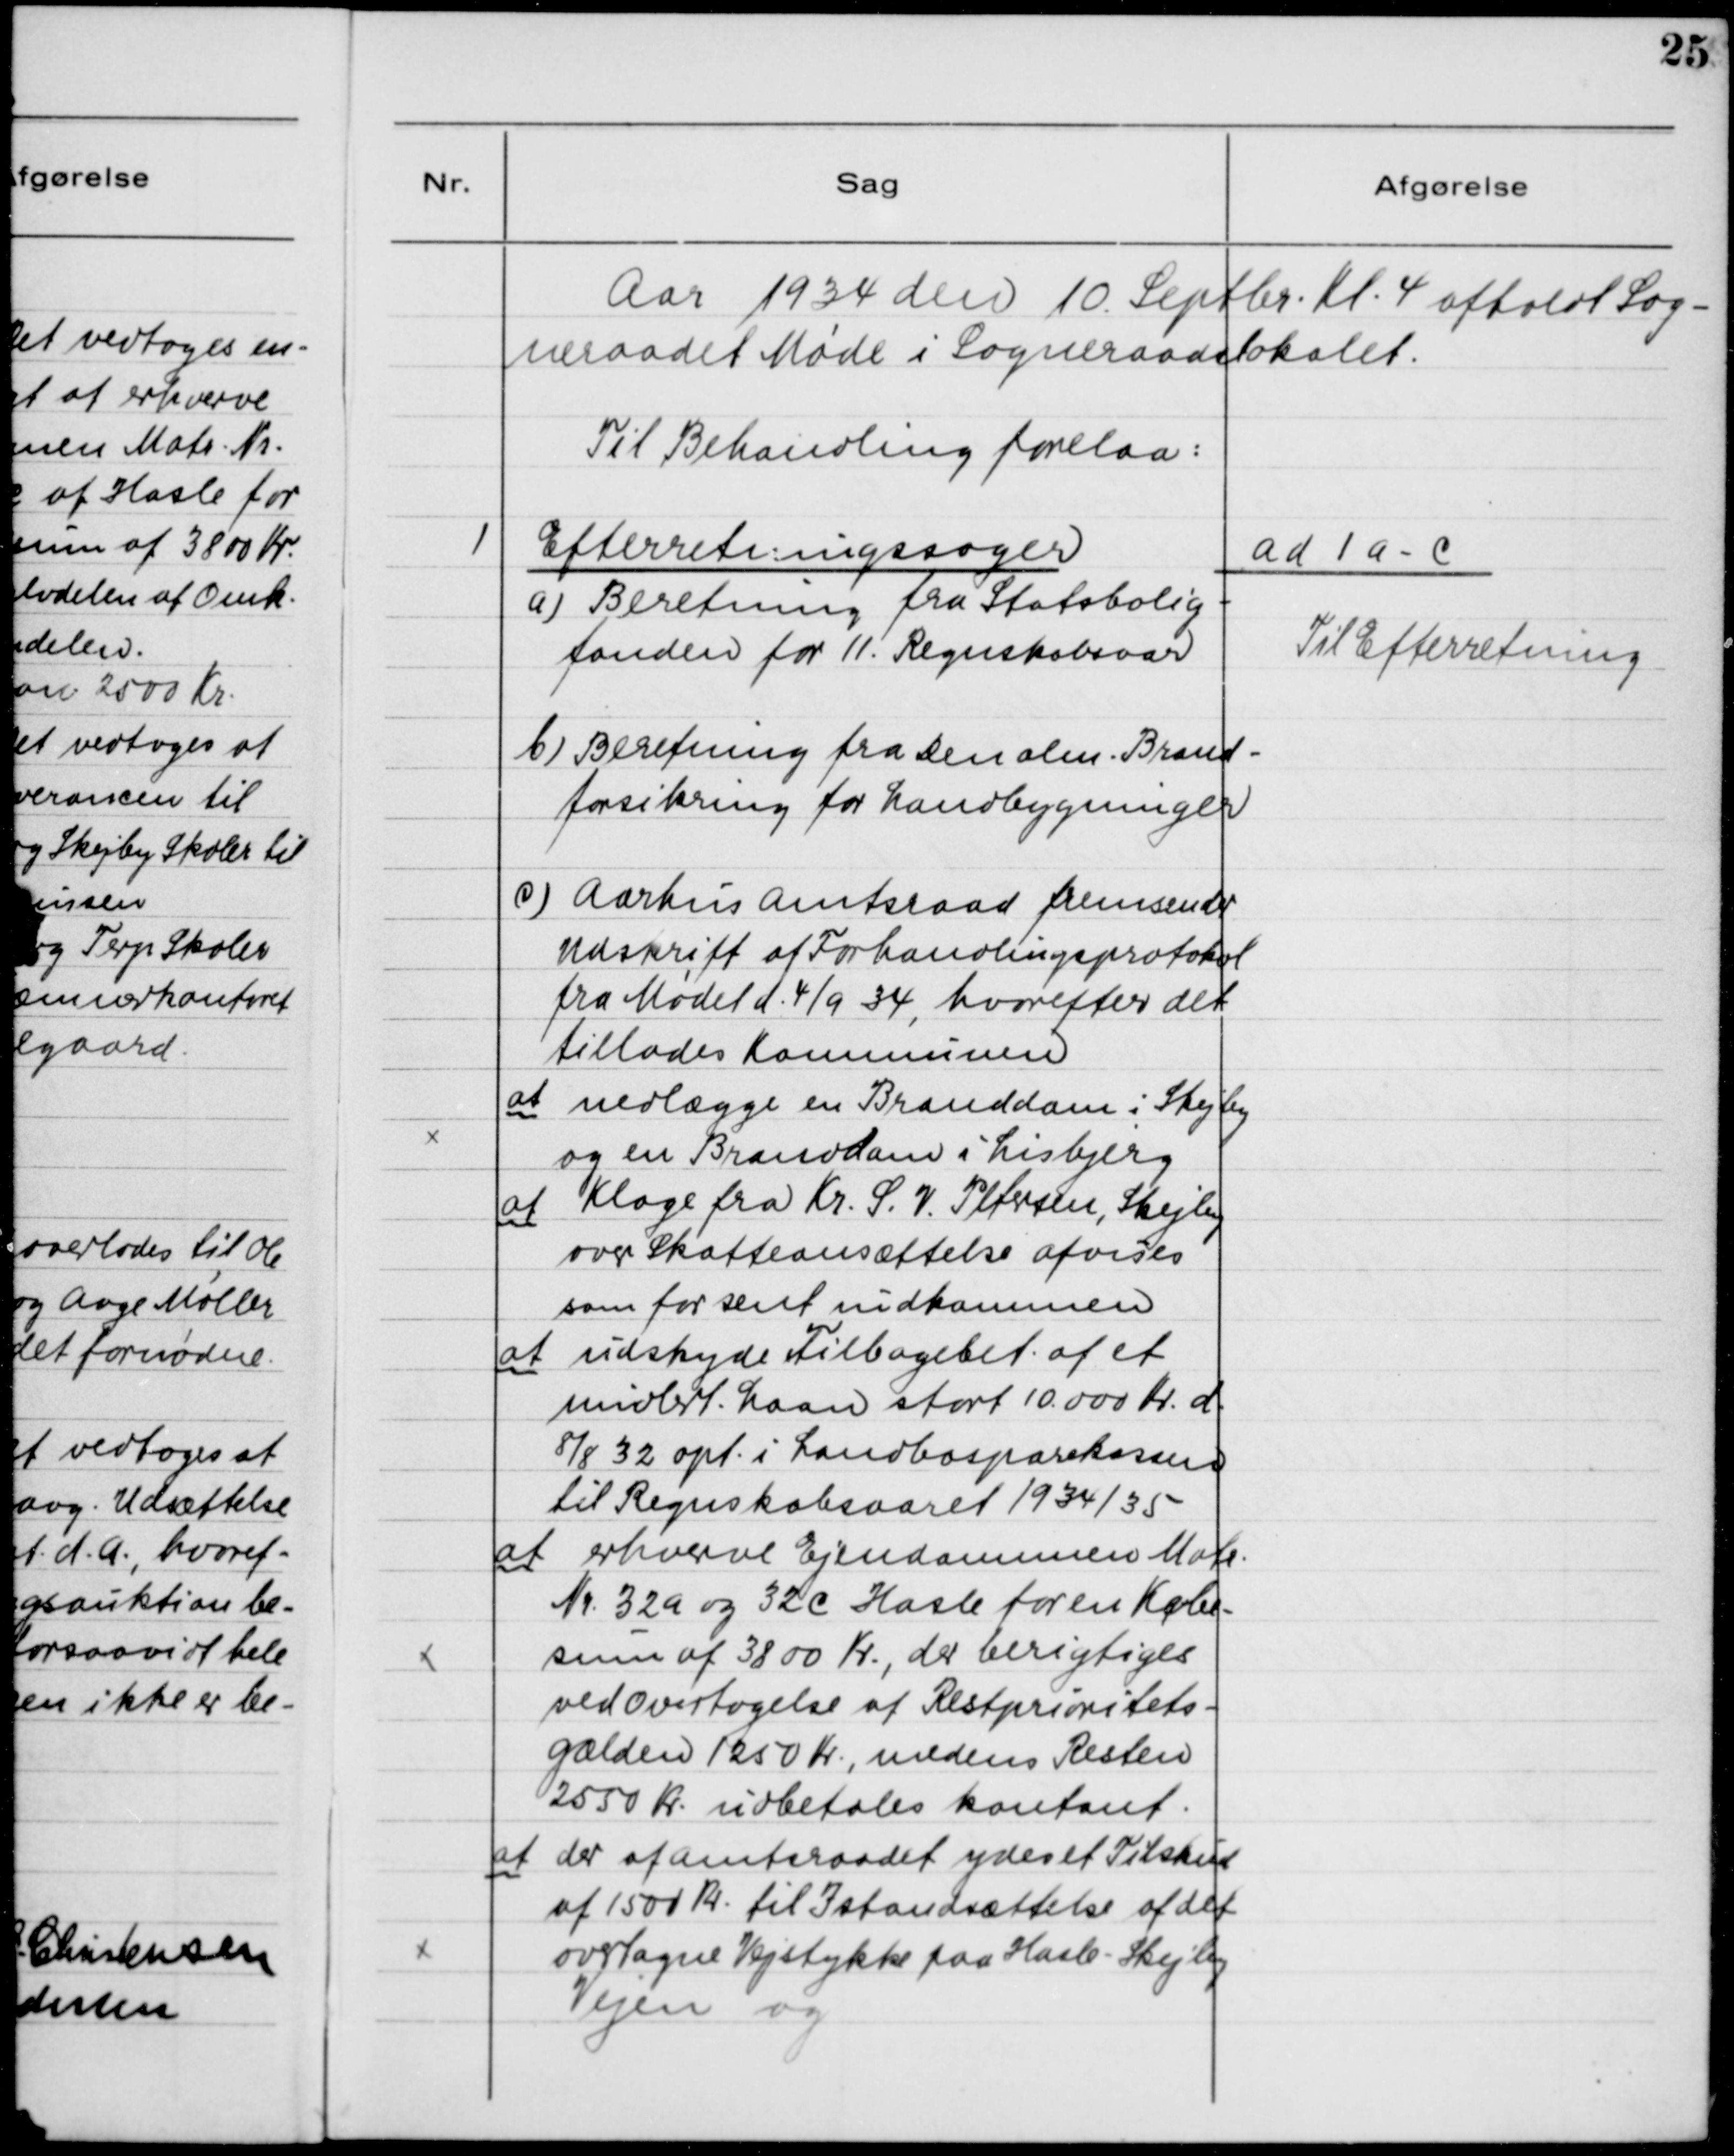
Transskription:
Aar 1934 den 10. Septbr. Kl. 4 afholdt Sog-
neraadet Møde i Sogneraadslokalet.
Til Behandling forelaa:

1

Efterretningssager
a) Beretning fra Statsbolig-
fonden for 11. Regnskabsaar.
b) Beretning fra Den alm. Brand-
forsikring for Landbygninger
c) Aarhus Amtsraad fremsender
Udskrift af Forhandlingsprotokol
fra Mødet d. 4/9 34, hvorefter det
tillades Kommunen
at nedlægge en Branddam i Skejby
og en Branddam i Lisbjerg
at klage fra Kr. S. V. Petersen, Skejby
over Skatteansættelse afvises
som for sent indkommen
at udskyde Tilbagebet. af et
midlert. Laan stort 10.000 Kr. d.
8/8 32 opt. i Landbosparekassen
til Regnskabsaaret 1934/35
at erhverve Ejendommen Matr.
Nr. 32a og 32 c Hasle for en Købe-
sum af 3800 Kr., der berigtiges
ved Overtagelse af Restprioritets-
gælden 1250 Kr., medens Resten
2550 Kr. udbetales kontant.
at der af Amtsraadet yderst Tilskud
af 1500 Kr. til Istandsættelse af det
overtagne Vejstykke paa Hasle - Skejby
Vejen og

ad 1 a - c
Til Efterretning